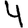
Digit: 4